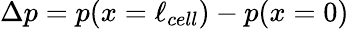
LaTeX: \Delta p=p(x=\ell_{cell})-p(x=0)